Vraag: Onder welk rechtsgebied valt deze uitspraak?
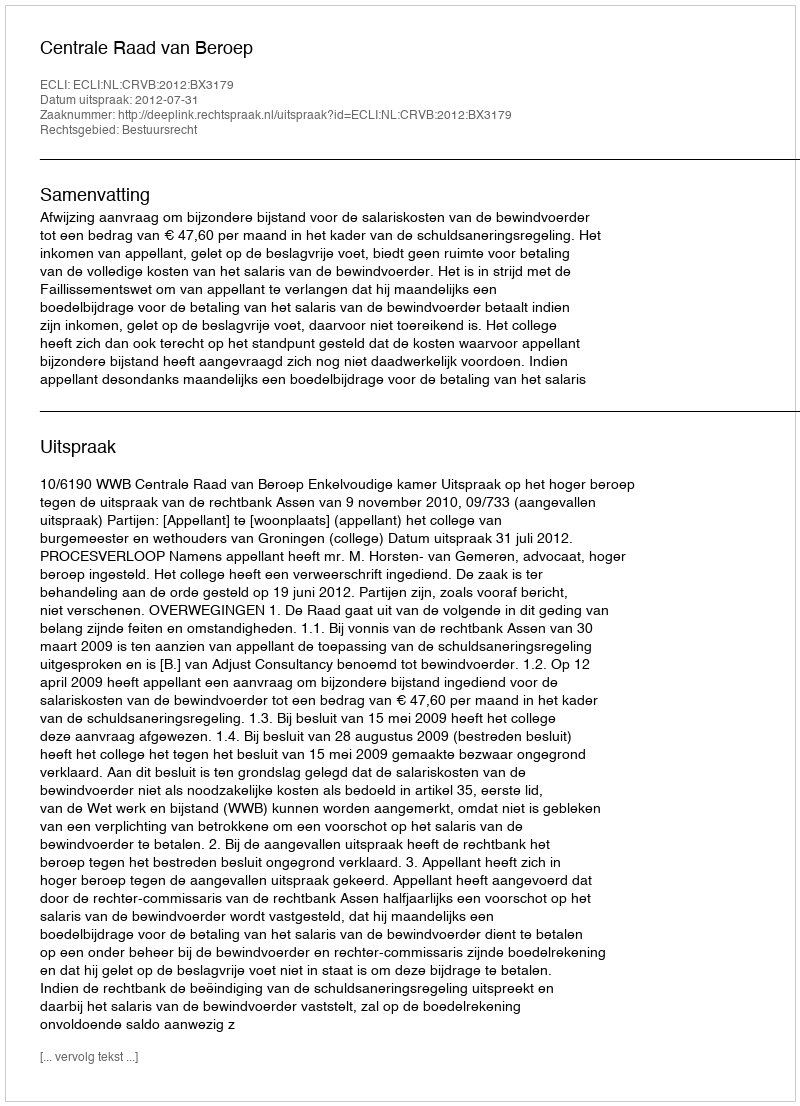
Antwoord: Bestuursrecht